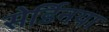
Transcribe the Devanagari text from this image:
सेर्डिनया